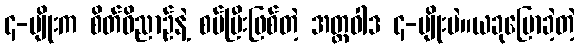
၄-မျိုးက စိတ်ဝိညာဉ်နဲ့ စပ်ပြီးဖြစ်တဲ့ အတ္တဝါဒ ၄-မျိုးပဲ။ယခုပြောခဲ့တဲ့